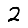
Digit: 2